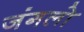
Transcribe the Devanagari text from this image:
जंगलोॱ